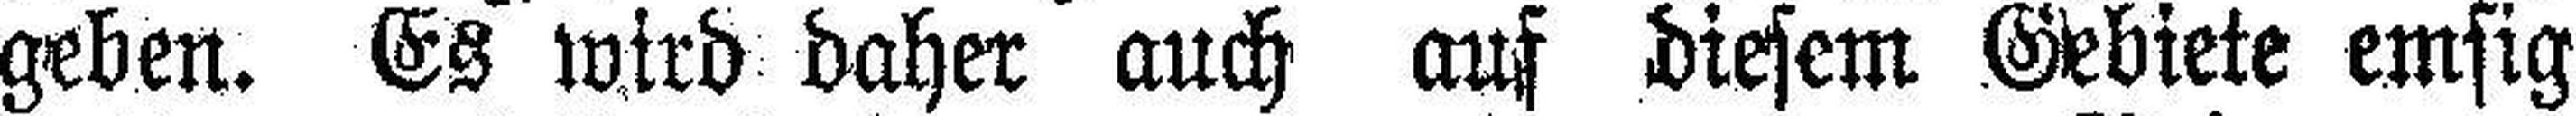
geben. Es wird daher auch auf diesem Gebiete emsig